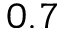
0 . 7